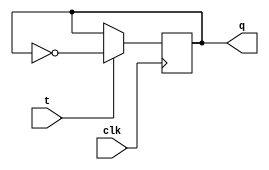
module t_latch (
    input t,
    input clk,
    output reg q
);

always @(posedge clk) begin
    if (t) begin
        q <= ~q;
    end
end

endmodule